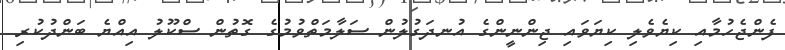
ފެންޖެހުމާއި ކިޔެވެލި ކިޔަވައި ޖިންނީންގެ އުނދަގުލުން ސަލާމަތްވުމުގެ ގޮތުން ސްކޫލު އިއްޔެ ބަންދުކުރި